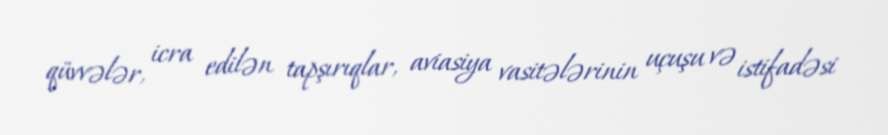
qüvvələr, icra edilən tapşırıqlar, aviasiya vasitələrinin uçuşu və istifadəsi